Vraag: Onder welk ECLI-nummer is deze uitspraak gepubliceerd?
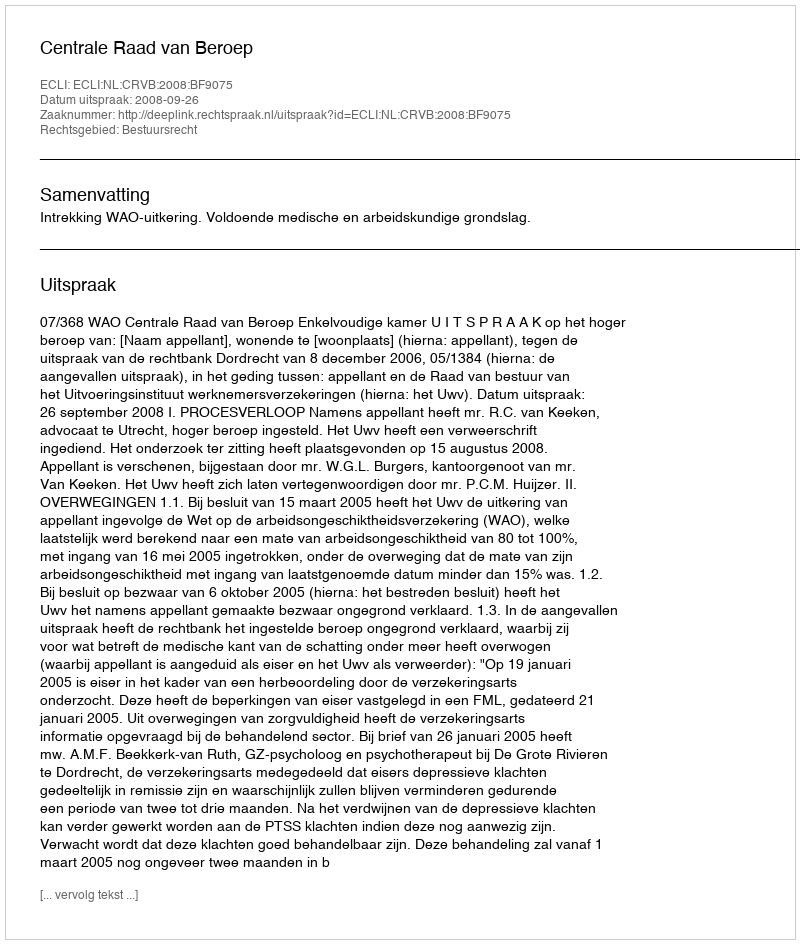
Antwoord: ECLI:NL:CRVB:2008:BF9075